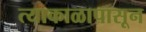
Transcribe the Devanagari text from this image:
त्याकाळापासून